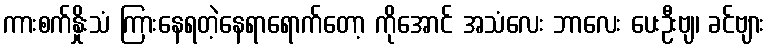
ကားစက်နှိုးသံ ကြားနေရတဲ့နေရာရောက်တော့ ကိုအောင် အသံလေး ဘာလေး ပေးဦးဗျ၊ ခင်ဗျား